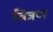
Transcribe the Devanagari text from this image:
वित्रण